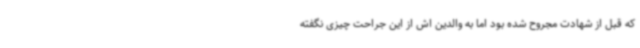
که قبل از شهادت مجروح شده بود اما به والدین اش از این جراحت چیزی نگفته